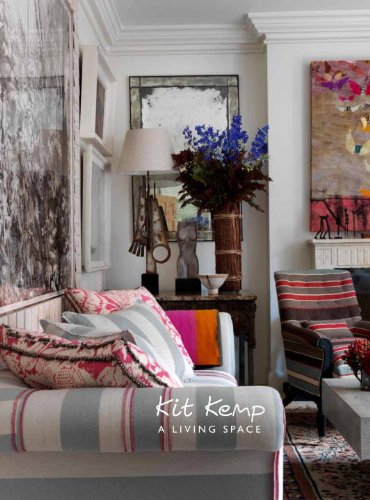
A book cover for A Living Space; Kit Kemp; Arts & Photography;